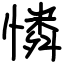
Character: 憐